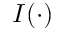
I ( \cdot )